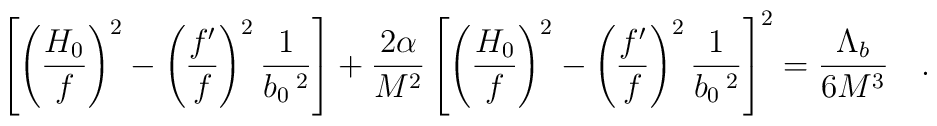
\left[\left(\frac{H_0}{f}\right)^2-\left(\frac{f'}{f}\right)^2\frac{1}{b_{0}\,^2}\right]+\frac{2\alpha}{M^2} \left[\left(\frac{H_0}{f}\right)^2-\left(\frac{f'}{f}\right)^2\frac{1}{b_{0}\,^2}\right]^2=\frac{\Lambda_b}{6M^3}~~~.